Report of the Indian Hemp Drugs Commission, 1894-1895 - Volume I
Year: 1894
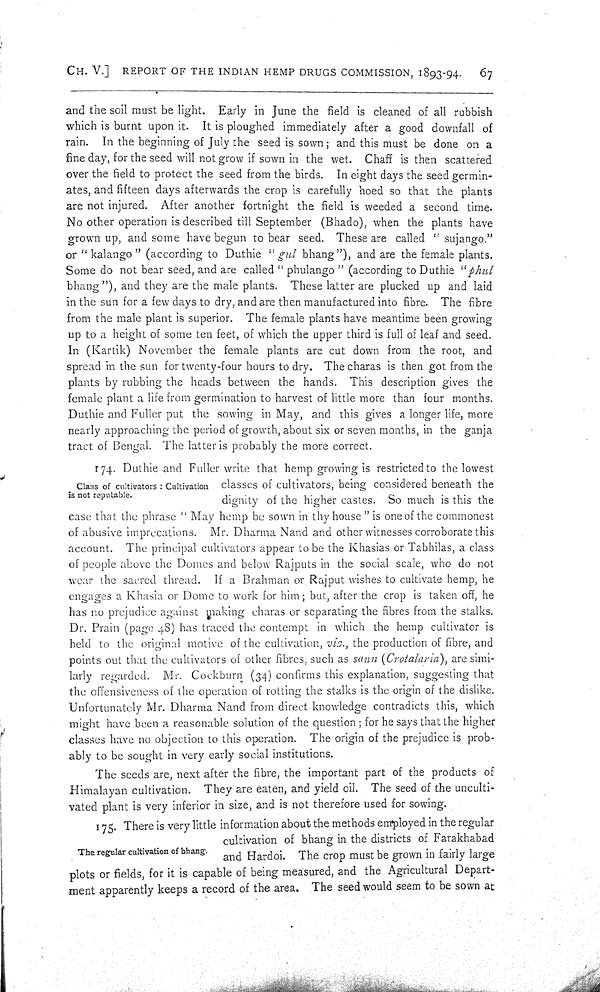
CH. V.] REPORT OF THE INDIAN HEMP DRUGS COMMISSION, 1893-94.
67
and the soil must be light. Early in June the field is cleaned of all rubbish
which is burnt upon it. It is ploughed immediately after a good downfall of
rain. In the beginning of July the seed is sown; and this must be done on a
fine day, for the seed will not grow if sown in the wet. Chaff is then scattered
over the field to protect the seed from the birds. In eight days the seed germin-
ates, and fifteen days afterwards the crop is carefully hoed so that the plants
are not injured. After another fortnight the field is weeded a second time.
No other operation is described till September (Bhado), when the plants have
grown up, and some have begun to bear seed. These are called "sujango."
or "kalango" (according to Duthie "gul bhang"), and are the female plants.
Some do not bear seed, and are called "phulango" (according to Duthie "phul
bhang"), and they are the male plants. These latter are plucked up and laid
in the sun for a few days to dry, and are then manufactured into fibre. The fibre
from the male plant is superior. The female plants have meantime been growing
up to a height of some ten feet, of which the upper third is full of leaf and seed.
In (Kartik) November the female plants are cut down from the root, and
spread in the sun for twenty-four hours to dry. The charas is then got from the
plants by rubbing the heads between the hands. This description gives the
female plant a life from germination to harvest of little more than four months.
Duthie and Fuller put the sowing in May, and this gives a longer life, more
nearly approaching the period of growth, about six or seven months, in the ganja
tract of Bengal. The latter is probably the more correct.
Class of cultivators: Cultivation
is not reputable.
174. Duthie and Fuller write that hemp growing is restricted to the lowest
classes of cultivators, being considered beneath the
dignity of the higher castes. So much is this the
case that the phrase "May hemp be sown in thy house" is one of the commonest
of abusive imprecations. Mr. Dharma Nand and other witnesses corroborate this
account. The principal cultivators appear to be the Khasias or Tabhilas, a class
of people above the Domes and below Rajputs in the social scale, who do not
wear the sacred thread. If a Brahman or Rajput wishes to cultivate hemp, he
engages a Khasia or Dome to work for him; but, after the crop is taken off, he
has no prejudice against making charas or separating the fibres from the stalks.
Dr. Prain (page 48) has traced the contempt in which the hemp cultivator is
held to the original motive of the cultivation, viz., the production of fibre, and
points out that the cultivators of other fibres, such as sann (Crotalaria), are simi-
larly regarded. Mr. Cockburn (34) confirms this explanation, suggesting that
the offensiveness of the operation of rotting the stalks is the origin of the dislike.
Unfortunately Mr. Dharma Nand from direct knowledge contradicts this, which
might have been a reasonable solution of the question; for he says that the higher
classes have no objection to this operation. The origin of the prejudice is prob-
ably to be sought in very early social institutions.
The seeds are, next after the fibre, the important part of the products of
Himalayan cultivation. They are eaten, and yield oil. The seed of the unculti-
vated plant is very inferior in size, and is not therefore used for sowing.
The regular cultivation of bhang.
175. There is very little information about the methods employed in the regular
cultivation of bhang in the districts of Farakhabad
and Hardoi. The crop must be grown in fairly large
plots or fields, for it is capable of being measured, and the Agricultural Depart-
ment apparently keeps a record of the area. The seed would seem to be sown at